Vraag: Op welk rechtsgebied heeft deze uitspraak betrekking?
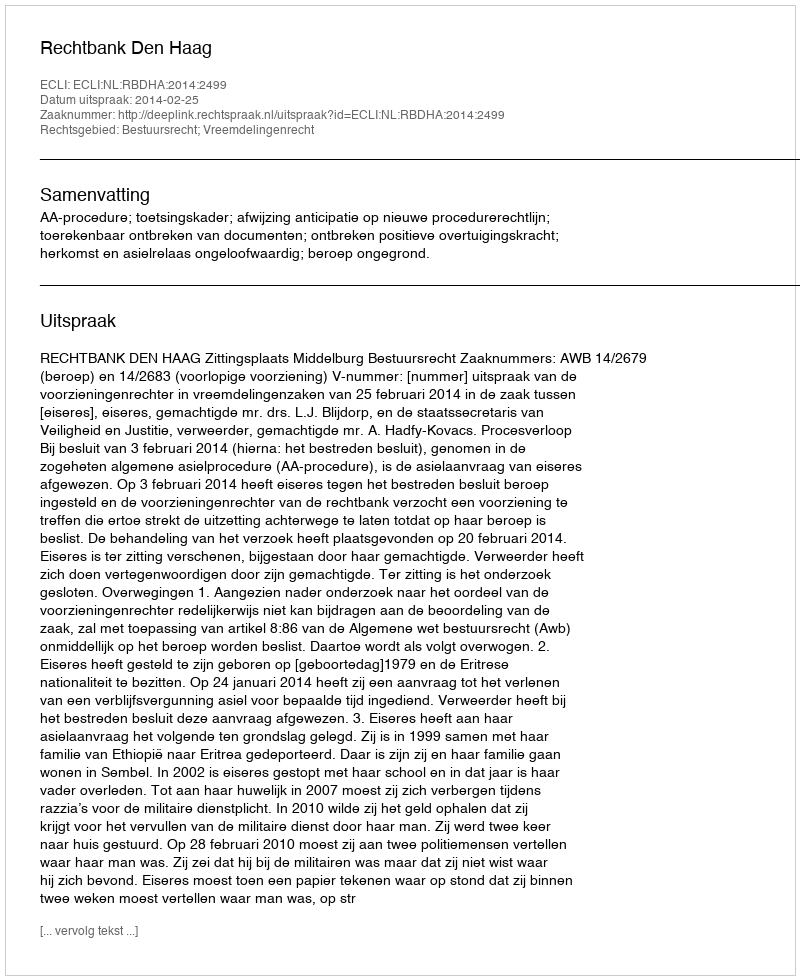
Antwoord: Bestuursrecht; Vreemdelingenrecht